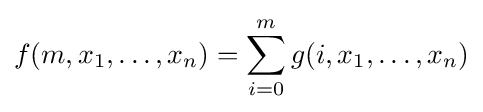
f(m,x_{1},\ldots ,x_{n})=\sum \limits _{i=0}^{m}g(i,x_{1},\ldots ,x_{n})